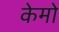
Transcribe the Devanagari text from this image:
केमो